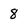
Character: 8